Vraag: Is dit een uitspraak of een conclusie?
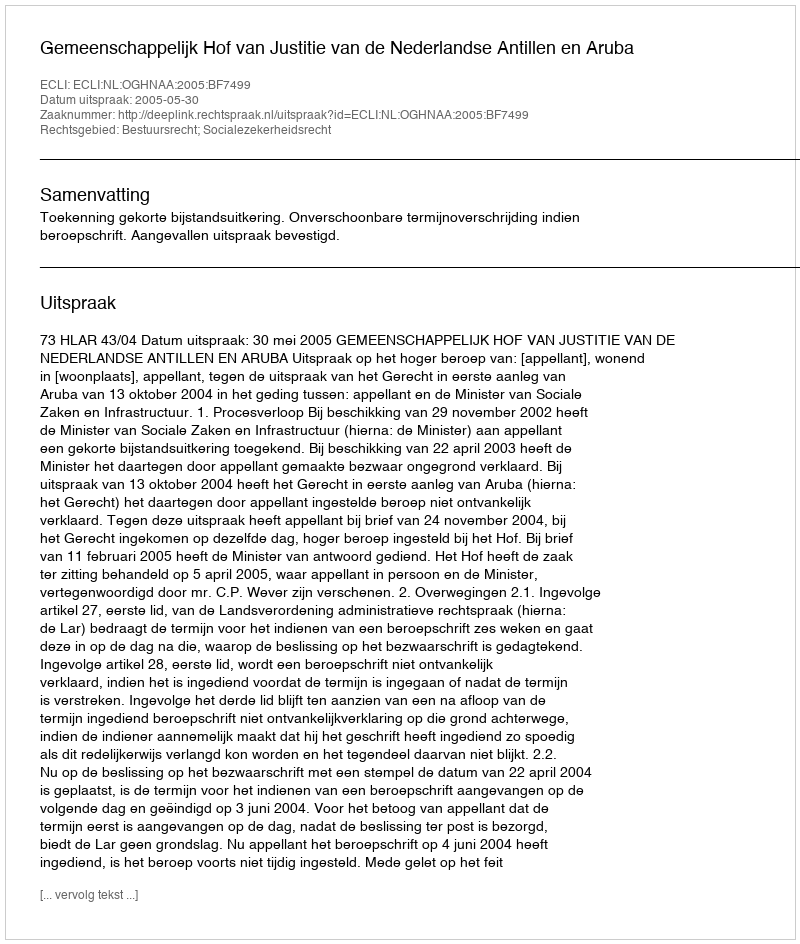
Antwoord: Uitspraak